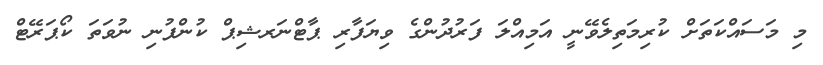
މި މަސައްކަތަށް ކުރިމަތިލެވޭނީ އަމިއްލަ ފަރުދުންގެ ވިޔަފާރި ޕާޓްނަރޝިޕް ކުންފުނި ނުވަތަ ކޯޕަރޭޓް